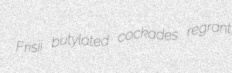
Frisii butylated cockades regrant